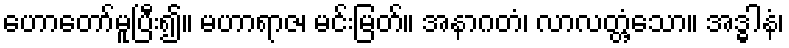
ဟောတော်မူပြီး၍။ မဟာရာဇ၊ မင်းမြတ်။ အနာဂတံ၊ လာလတ္တံ့သော။ အဒ္ဓါနံ၊